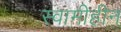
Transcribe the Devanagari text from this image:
स्वामीहीन